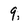
Character: 9